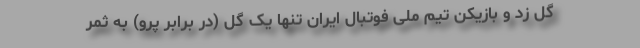
گل زد و بازیکن تیم ملی فوتبال ایران تنها یک گل (در برابر پرو) به ثمر